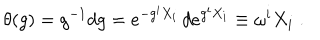
\theta ( g ) = g ^ { - 1 } d g = e ^ { - g ^ { i } X _ { i } } \, d e ^ { g ^ { i } X _ { i } } \equiv \omega ^ { i } X _ { i } \; .